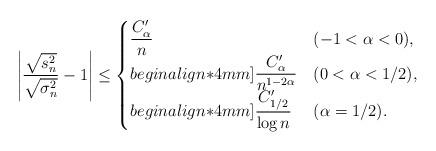
LaTeX: \begin{align*}\left| \dfrac{\sqrt{s_n^2}}{\sqrt{\sigma_n^2}} - 1 \right| \leq\begin{cases}\dfrac{C'_{\alpha}}{n} & (-1<\alpha< 0), \\begin{align*}4mm]\dfrac{C'_{\alpha}}{n^{1-2\alpha}} & (0< \alpha<1/2), \\begin{align*}4mm]\dfrac{C'_{1/2}}{\log n} & (\alpha=1/2).\end{cases} \end{align*}